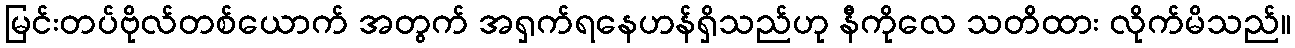
မြင်းတပ်ဗိုလ်တစ်ယောက် အတွက် အရှက်ရနေဟန်ရှိသည်ဟု နီကိုလေ သတိထား လိုက်မိသည်။